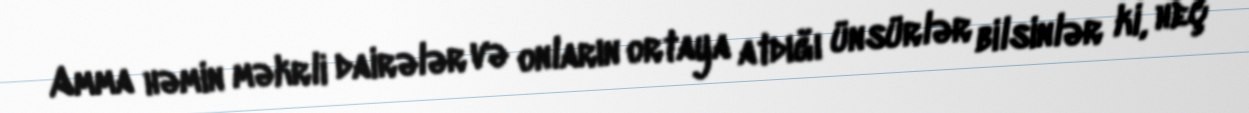
Amma həmin məkrli dairələr və onların ortaya atdığı ünsürlər bilsinlər ki, heç